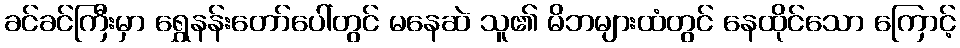
ခင်ခင်ကြီးမှာ ရွှေနန်းတော်ပေါ်တွင် မနေဆဲ သူ၏ မိဘများထံတွင် နေထိုင်သော ကြောင့်